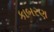
કાબરણ